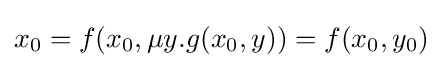
x_{0}=f(x_{0},\mu y.g(x_{0},y))=f(x_{0},y_{0})